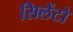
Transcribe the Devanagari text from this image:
सिलेंटो